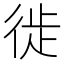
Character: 徙